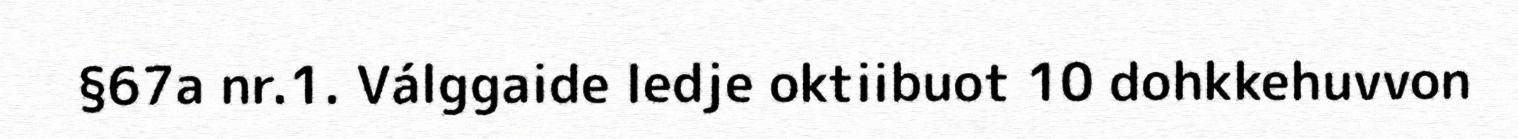
§67a nr.1. Válggaide ledje oktiibuot 10 dohkkehuvvon